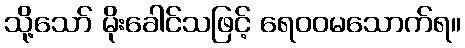
သို့သော် မိုးခေါင်သဖြင့် ရေဝဝမသောက်ရ။